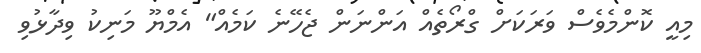
މިއީ ކޮންމެވެސް ވަރަކަށް ގްރޯތެއް އަންނަން ޖެހޭނެ ކަމެއް" އެމްޔޫ މަނިކު ވިދާޅުވި